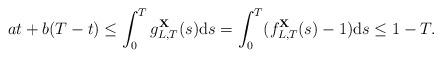
LaTeX: \begin{align*}at+b(T-t)\leq \int^T_0 g^{\mathbf{X}}_{L,T}(s)\mathrm{d}s= \int^T_0 (f^{\mathbf{X}}_{L,T}(s)-1)\mathrm{d}s\leq 1-T.\end{align*}